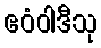
ဧဝံဝါဒီသု